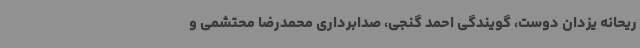
ریحانه یزدان دوست، گویندگی احمد گنجی، صدابرداری محمدرضا محتشمی و